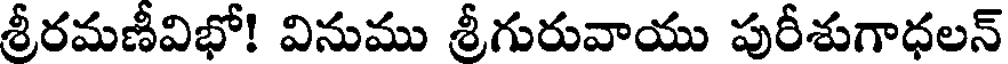
శ్రీరమణీవిభో! వినుము శ్రీగురువాయు పురీశుగాధలన్